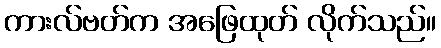
ကားလ်ဗတ်က အဖြေထုတ် လိုက်သည်။